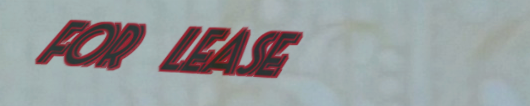
FOR LEASE